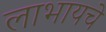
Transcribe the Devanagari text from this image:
लाभायचे